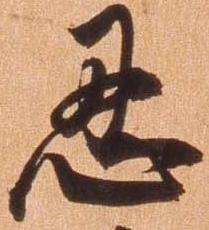
忍